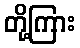
တို့ကြား